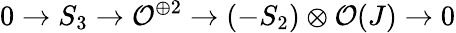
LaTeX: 0\rightarrow S_{3}\rightarrow{\cal O}^{\oplus 2}\rightarrow(-S_{2})\otimes{\cal O}(J)\rightarrow 0